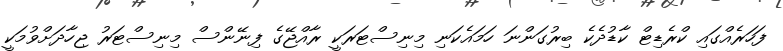
ފަހަރެއްގައި ކްރެޑިޓް ކާޑުދެކެ ބިރުގަންނަ ހަމައެކަނި މިނިސްޓަރަކީ ރާއްޖޭގެ ފިނޭންސް މިނިސްޓަރު ޖިހާދަށްވުމަކީ